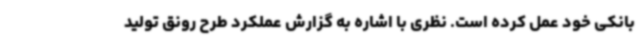
بانکی خود عمل کرده است. نظری با اشاره به گزارش عملکرد طرح رونق تولید